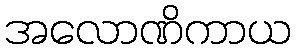
အလောဏိကာယ